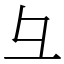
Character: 彑